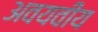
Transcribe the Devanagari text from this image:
अवयवीय